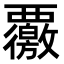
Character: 𮗊